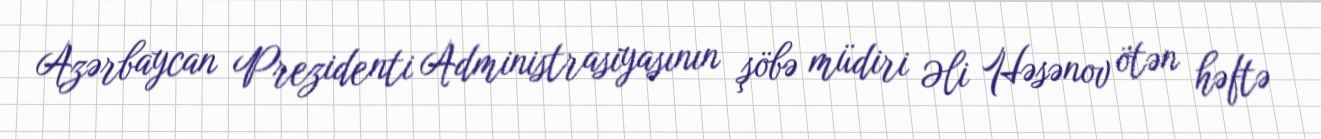
Azərbaycan Prezidenti Administrasiyasının şöbə müdiri Əli Həsənov ötən həftə